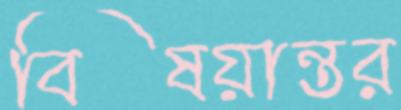
বিষয়ান্তর